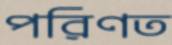
পরিণত